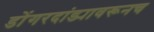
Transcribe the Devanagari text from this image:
डोंगरदांड्यावरूनच